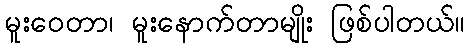
မူးဝေတာ၊ မူးနောက်တာမျိုး ဖြစ်ပါတယ်။